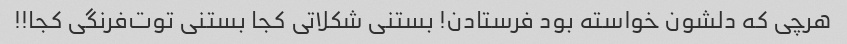
هرچی که دلشون خواسته بود فرستادن! بستنی شکلاتی کجا بستنی توت‌فرنگی کجا!!